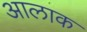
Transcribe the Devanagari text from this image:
आलाक